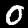
Label: 0